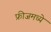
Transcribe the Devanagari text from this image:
फ्रीजमध्ये